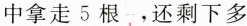
拿走5根 ，还剩下多